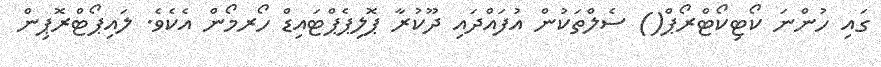
ގައި ހުންނަ ކޯޓިކޯޓްރޯޕް() ސެލްތަކުން އުފައްދައި ދޫކުރާ ޕޮލިޕެޕްޓައިޑް ހޯރމޯން އެކެވެ. ލައިޕޯޓްރޮޕިން